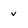
Character: v